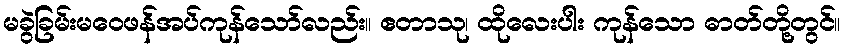
မခွဲခြမ်းမဝေဖန်အပ်ကုန်သော်လည်း။ ဧတာသု၊ ထိုလေးပါး ကုန်သော ဓာတ်တို့တွင်။